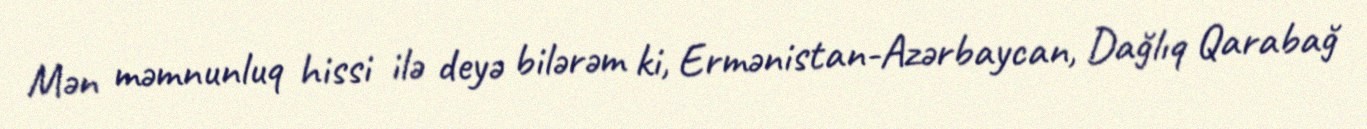
Mən məmnunluq hissi ilə deyə bilərəm ki, Ermənistan-Azərbaycan, Dağlıq Qarabağ